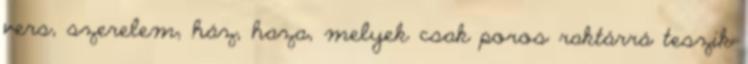
vers, szerelem, ház, haza, melyek csak poros raktárrá teszik